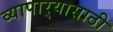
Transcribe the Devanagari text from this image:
व्यापार्‍यासाठी